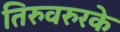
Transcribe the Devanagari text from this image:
तिरुवरुरके